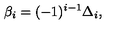
\beta _ { i } = ( - 1 ) ^ { i - 1 } \Delta _ { i } ,